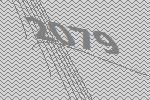
2079